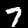
Label: 7